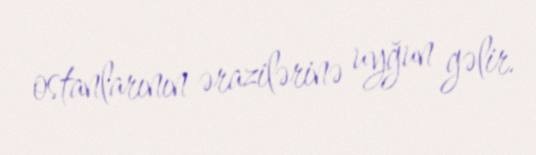
ostanlarının ərazilərinə uyğun gəlir.